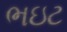
ભઇટ